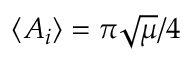
\langle A _ { i } \rangle = \pi \sqrt { \mu } / 4